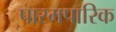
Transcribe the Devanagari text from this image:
पारमपारिक